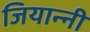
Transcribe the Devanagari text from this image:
जियान्नी